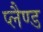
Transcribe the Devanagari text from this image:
प्लैण्ड